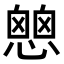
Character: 𢡔